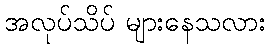
အလုပ်သိပ် များနေသလား